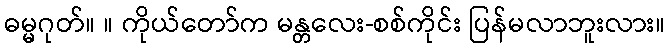
ဓမ္မဂုတ်။ ။ ကိုယ်တော်က မန္တလေး-စစ်ကိုင်း ပြန်မလာဘူးလား။